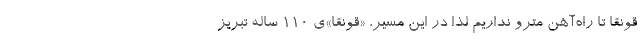
قونقا تا راه‌آهن مترو نداریم لذا در این مسیر، «قونقا»ی 110 ساله تبریز